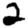
Digit: 2